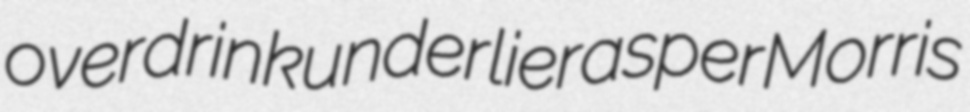
overdrink underlier asper Morris